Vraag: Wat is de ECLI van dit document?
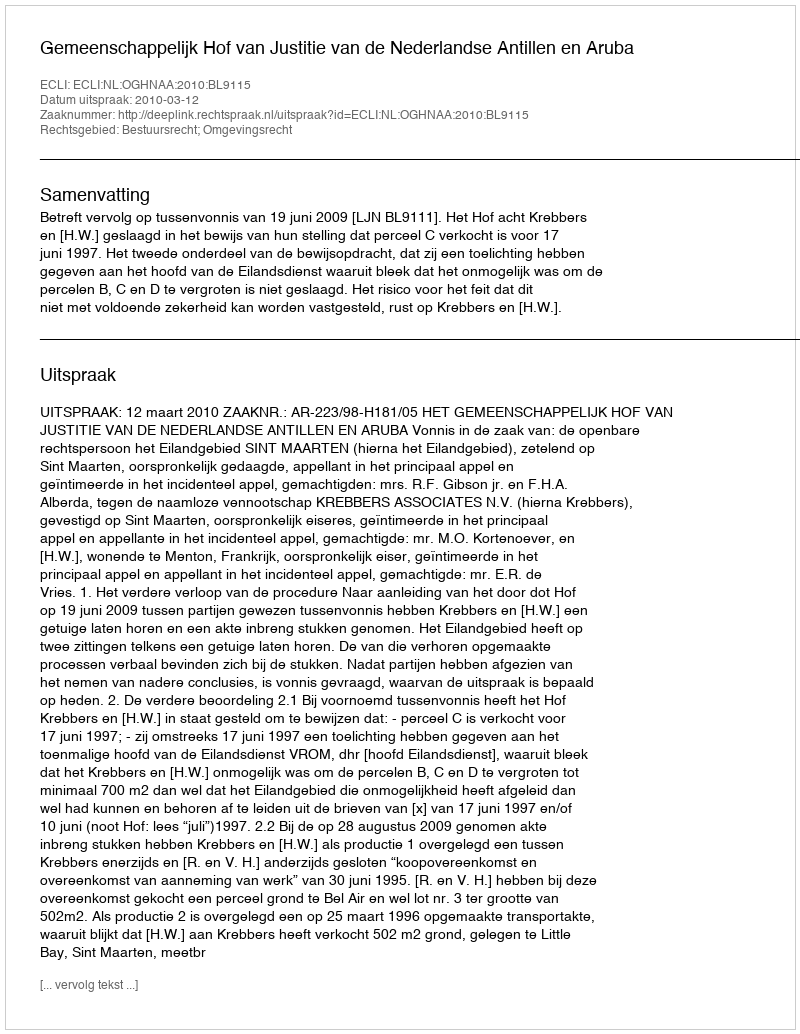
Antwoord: ECLI:NL:OGHNAA:2010:BL9115